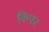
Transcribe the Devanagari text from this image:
किफ़र